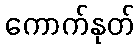
ကောက်နုတ်